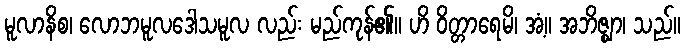
မူလာနိစ၊ လောဘမူလဒေါသမူလ လည်း မည်ကုန်၏။ ဟိ ဝိတ္တာရေမိ၊ အံ့။ အဘိဇ္ဈာ၊ သည်။